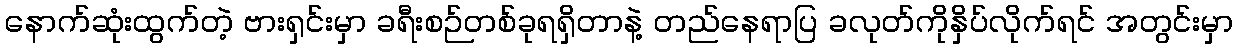
နောက်ဆုံးထွက်တဲ့ ဗားရှင်းမှာ ခရီးစဉ်တစ်ခုရရှိတာနဲ့ တည်နေရာပြ ခလုတ်ကိုနှိပ်လိုက်ရင် အတွင်းမှာ